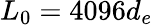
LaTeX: L_{0}=4096d_{e}